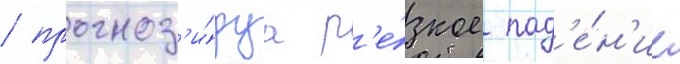
/ прогноз'и́руа р'е́зкое пад'е́н'ие